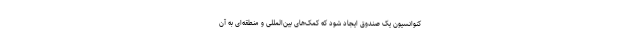
کنوانسیون یک صندوق ایجاد شود که کمک‌های بین‌المللی و منطقه‌ای به آن